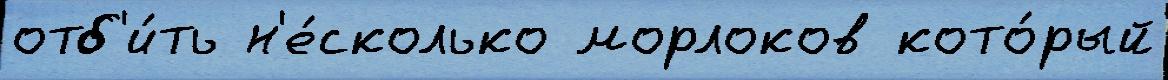
отб'и́ть н'е́сколько морлоков кото́рый